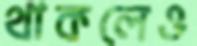
থাকলেও